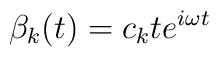
\beta _k(t)=c_kte^{i\omega t}